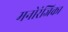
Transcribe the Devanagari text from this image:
मनोरंजिका